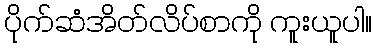
ပိုက်ဆံအိတ်လိပ်စာကို ကူးယူပါ။